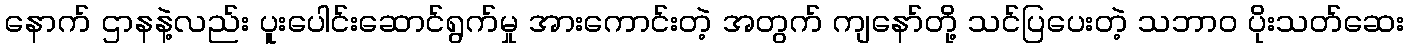
နောက် ဌာနနဲ့လည်း ပူးပေါင်းဆောင်ရွက်မှု အားကောင်းတဲ့ အတွက် ကျနော်တို့ သင်ပြပေးတဲ့ သဘာ၀ ပိုးသတ်ဆေး